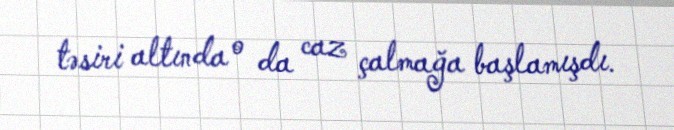
təsiri altında o da caz çalmağa başlamışdı.